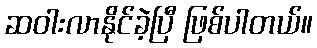
ဆဝါးလာနိုင်ခဲ့ပြီ ဖြစ်ပါတယ်။